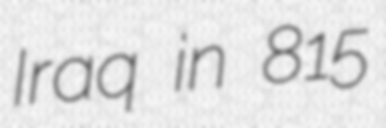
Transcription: Iraq in 815